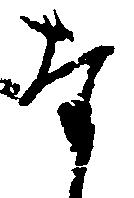
な